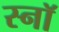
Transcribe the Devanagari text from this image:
स्नॉ